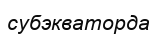
субэкваторда